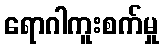
ရောဂါကူးစက်မှု